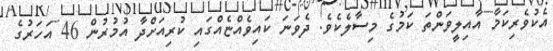
އެކުވެރިކަމާ އާއިލީވަންތަ ކަމުގެ މިސާލެކެވެ. ދެވަނަ ކައިވެއްޏެއްގައި ކުރިއަށްދާ އުމުރުން 46 އަހަރުގެ